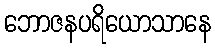
ဘောဇနပရိယောသာနေ